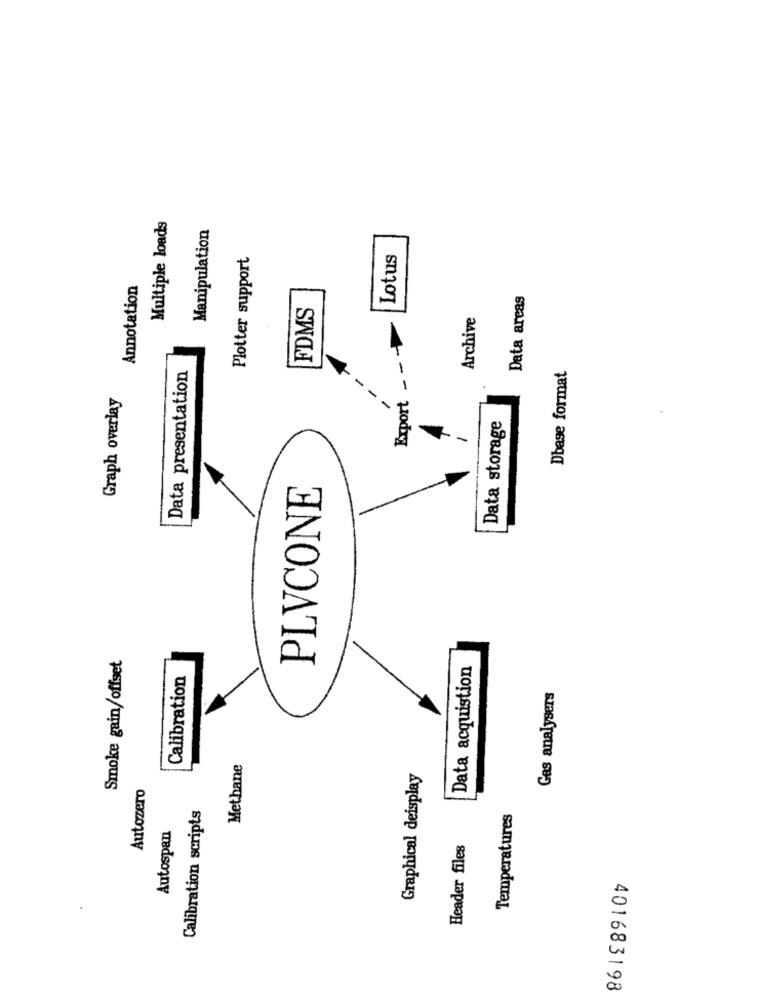
Multiple loads
Manipulation
Plotter support
Lotus
Annotation
Data areas
FDMS
Archive
Export - -
Data presentation
Dbase format
-
Graph overlay
-
Data storage
PLVCONE
Smoke gain/offset
Data acquistion
Calibration
Gas analysers
Methane
Graphical deisplay
Autozero
Calibration scripts
Temperatures
Autospan
Header files
401683198